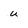
Character: u